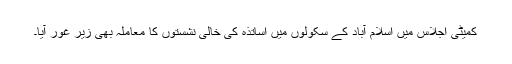
کمیٹی اجلاس میں اسلام آباد کے سکولوں میں اساتذہ کی خالی نشستوں کا معاملہ بھی زیر غور آیا۔